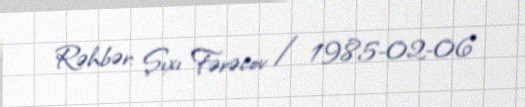
Rəhbər: Şıxı Fərəcov / 1985-02-06